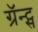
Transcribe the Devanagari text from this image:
ग्रॅन्ट्स